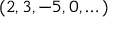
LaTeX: ( 2 , 3 , - 5 , 0 , \dots )